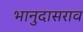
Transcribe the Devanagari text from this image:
भानुदासराव